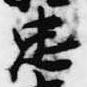
忠